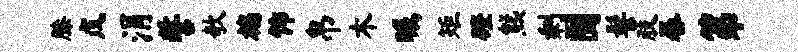
膝戊涓誓欹褊饰帛木瞩矩磴熊剩囿髻肢晷第